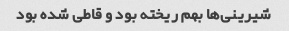
شیرینی‌ها بهم ریخته بود و قاطی شده بود